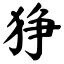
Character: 狰